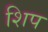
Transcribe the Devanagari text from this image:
शिप